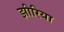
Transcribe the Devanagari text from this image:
झीरिया